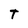
Character: t